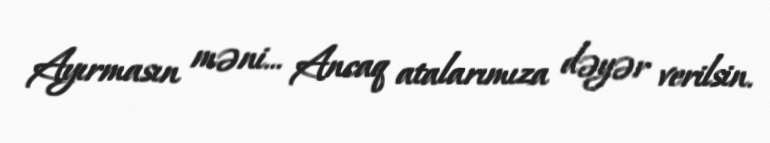
Ayırmasın məni... Ancaq atalarımıza dəyər verilsin.